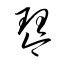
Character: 琴